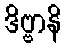
ဒိဗ္ဗာနိ